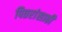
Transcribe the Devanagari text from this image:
पितरांसाठी